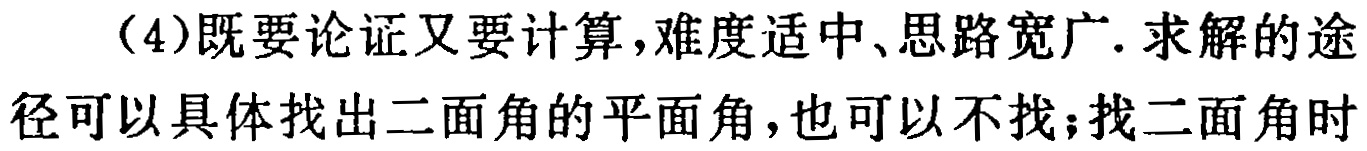
（4）既要论证又要计算，难度适中、思路宽广. 求解的途径可以具体找出二面角的平面角，也可以不找；找二面角时